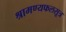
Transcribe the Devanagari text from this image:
श्रामण्यफलसूत्र